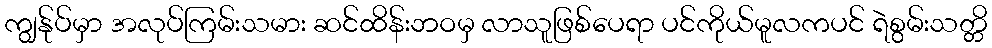
ကျွန်ုပ်မှာ အလုပ်ကြမ်းသမား ဆင်ထိန်းဘဝမှ လာသူဖြစ်ပေရာ ပင်ကိုယ်မူလကပင် ရဲစွမ်းသတ္တိ